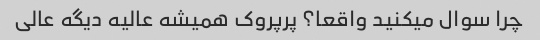
چرا سوال میکنید واقعا؟ پرپروک همیشه عالیه دیگه عالی